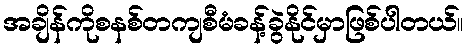
အချိန်ကိုစနစ်တကျစီမံခန့်ခွဲနိုင်မှာဖြစ်ပါတယ်။